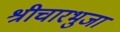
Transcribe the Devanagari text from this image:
श्रीचारभुजा